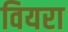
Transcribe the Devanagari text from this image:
वियरा